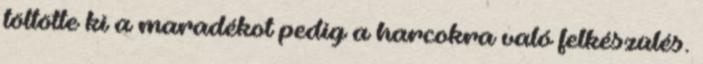
töltötte ki a maradékot pedig a harcokra való felkészülés.